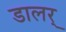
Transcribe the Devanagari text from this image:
डालर्